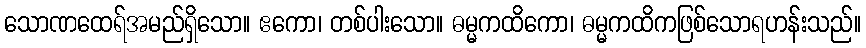
သောဏထေရ်အမည်ရှိသော။ ဧကော၊ တစ်ပါးသော။ ဓမ္မကထိကော၊ ဓမ္မကထိကဖြစ်သောရဟန်းသည်။